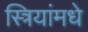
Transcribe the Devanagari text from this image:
स्त्रियांमधे